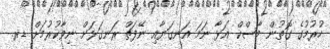
ހުރުމުގެ ގޮތުން މާސްކް އަޅާ ނަމަ އަނގަޔާއި ނޭފަތް ރަނގަޅަށް ނިވާކުރުމަށް ޑރ.